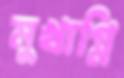
মুখাগ্নি